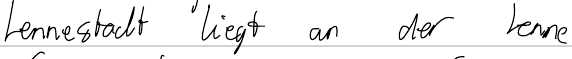
Lennestadt liegt an der Lenne